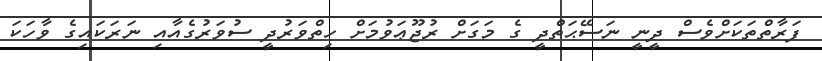
ފަރާތްތަކަށްވެސް ދީނީ ނަސޭޙަތްދީ ގެ މަގަށް ރުޖޫޢަވުމަށް ހިތްވަރުދީ ސުވަރުގެއާއި ނަރަކައިގެ ވާހަކަ